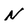
Character: N